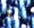
أنا